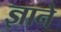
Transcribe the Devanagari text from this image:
ज्ञाने